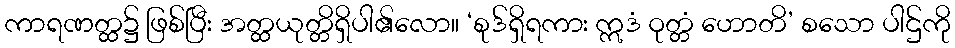
ကာရဏတ္ထ၌ ဖြစ်ပြီး အတ္ထယုတ္တိရှိပါ၏လော။ ‘စုဒ်ရှိရကား ဣဒံ ဝုတ္တံ ဟောတိ’ စသော ပါဌ်ကို